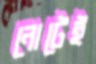
নোটেই